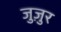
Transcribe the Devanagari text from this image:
जुज़ुर